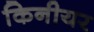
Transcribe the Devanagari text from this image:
किनीयर